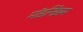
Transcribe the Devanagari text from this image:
मॉडर्निझम